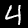
Label: 4